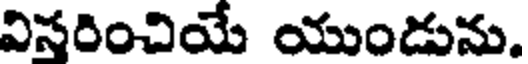
విసరించియే యుండును.